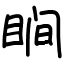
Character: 𬑗